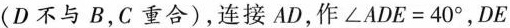
(D不与B，C重合)，连接AD，作$$\angle ADE=40^{\circ}$$，DE